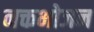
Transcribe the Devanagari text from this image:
नक्तभोजन